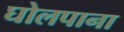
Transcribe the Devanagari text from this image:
घोलपाना